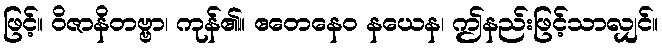
ဖြင့်။ ဝိဇာနိတဗ္ဗာ၊ ကုန်၏။ ဧတေနေဝ နယေန၊ ဤနည်းဖြင့်သာလျှင်။